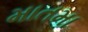
માતમા